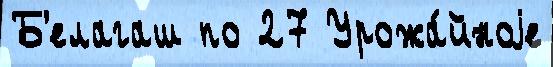
Б'елагаш по 27 Урожа́йноjе